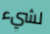
لشيء